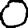
Digit: 0